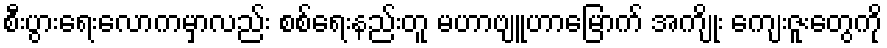
စီးပွားရေးလောကမှာလည်း စစ်ရေးနည်းတူ မဟာဗျူဟာမြောက် အကျိုး ကျေးဇူးတွေကို